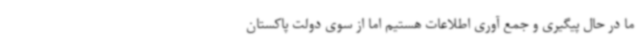
ما در حال پیگیری و جمع آوری اطلاعات هستیم اما از سوی دولت پاکستان